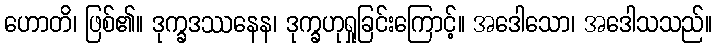
ဟောတိ၊ ဖြစ်၏။ ဒုက္ခဒဿနေန၊ ဒုက္ခဟုရှုခြင်းကြောင့်။ အဒေါသော၊ အဒေါသသည်။